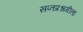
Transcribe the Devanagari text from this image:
सप्तप्रश्नगीता